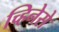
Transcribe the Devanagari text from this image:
च्हिनेसे